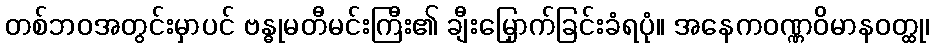
တစ်ဘဝအတွင်းမှာပင် ဗန္ဓုမတီမင်းကြီး၏ ချီးမြှောက်ခြင်းခံရပုံ။ အနေကဝဏ္ဏဝိမာနဝတ္ထု၊